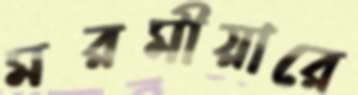
মরমীয়ারে